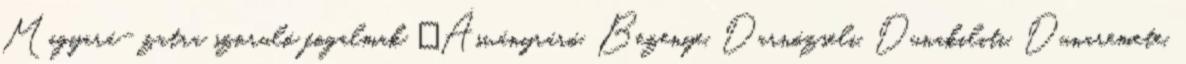
Magyará- zatra szoruló fogalmak ▪Ásványráró, Bezenye, Darnózseli, Dunakiliti, Dunaremete,